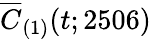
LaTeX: \overline{{C}}_{(1)}(t;2506)